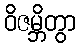
ဝိဇမ္ဘိတွာ